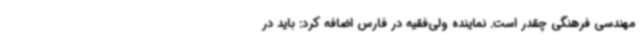
مهندسی فرهنگی چقدر است. نماینده ولی‌فقیه در فارس اضافه کرد: باید در